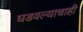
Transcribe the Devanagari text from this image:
घडवल्याचाही